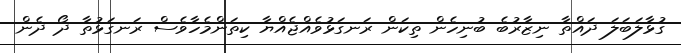
ގުޅާލަބަލަ ދައްތާ ނިޒާރުބެ ބުނިހެން ތިކަން ރަނގަޅުވެއްޖެއްޔާ ކިތަންމެހާވެސް ރަނގަޅުތާ ދޯ ދެން